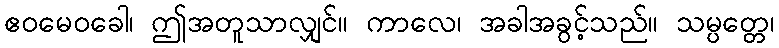
ဧဝမေဝခေါ၊ ဤအတူသာလျှင်။ ကာလေ၊ အခါအခွင့်သည်။ သမ္ပတ္တေ၊